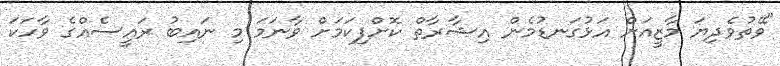
"ވޭތުވެދިޔަ މާޒީއަށް އަޅުގަނޑުމެން އިޝާރާތް ކޮށްފިކަމަށް ވާނަމަ މި ނައިބު ރައީސެއްގެ ވާހަކަ